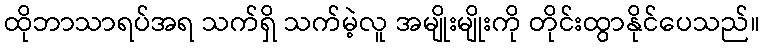
ထိုဘာသာရပ်အရ သက်ရှိ သက်မဲ့လူ အမျိုးမျိုးကို တိုင်းထွာနိုင်ပေသည်။